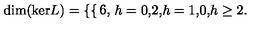
\mathrm { d i m ( k e r } L ) = \left\{ \begin{cases} { 6 , } & { h = 0 , } \\ { 2 , } & { h = 1 , } \\ { 0 , } & { h \ge 2 . } \\ \end{cases} \right.